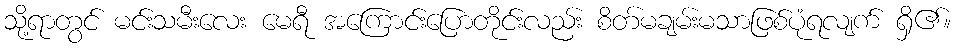
သို့ရာတွင် မင်းသမီးလေး မေရီ အကြောင်းပြောတိုင်းလည်း စိတ်မချမ်းမသာဖြစ်ပုံရလျက် ရှိ၏။